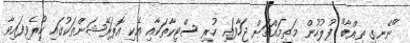
"ނޭނގި ތިއްބާ" ފުލުހުން މަތިމައްޗަށް ޖަހާފައި ހުރި ސްޓިކާތަކާއި އެކި އޮޕަރޭޝަންތަކުގައި ކުރެވިފައިވާ